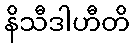
နိသီဒါဟီတိ